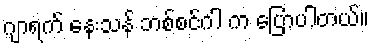
ဂျာရက် နေးသန် ဘစ်စင်ဂါ က ပြောပါတယ်။